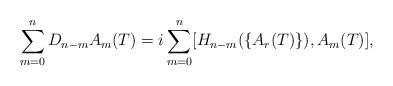
LaTeX: \begin{align*}\sum _{m=0}^{n}D_{n-m}A_{m}(T)=i\sum _{m=0}^{n}[H_{n-m}(\{A_{r}(T)\}),A_{m}(T)],\end{align*}